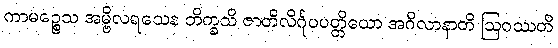
ကာမဉ္စေသ အမ္ဗိလရသေန ဘိက္ခသိ ဇာတိလိင်္ဂုပပတ္တိယော အဂိလာနာတိ ဩဝဿတိ